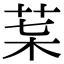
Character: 𦮇